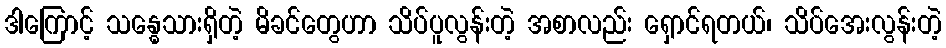
ဒါကြောင့် သန္ဓေသားရှိတဲ့ မိခင်တွေဟာ သိပ်ပူလွန်းတဲ့ အစာလည်း ရှောင်ရတယ်၊ သိပ်အေးလွန်းတဲ့